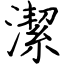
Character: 潔